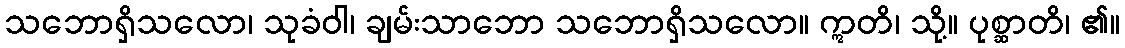
သဘောရှိသလော၊ သုခံဝါ၊ ချမ်းသာဘော သဘောရှိသလော။ ဣတိ၊ သို့။ ပုစ္ဆာတိ၊ ၏။